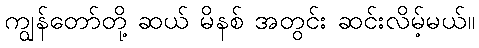
ကျွန်တော်တို့ ဆယ် မိနစ် အတွင်း ဆင်းလိမ့်မယ်။